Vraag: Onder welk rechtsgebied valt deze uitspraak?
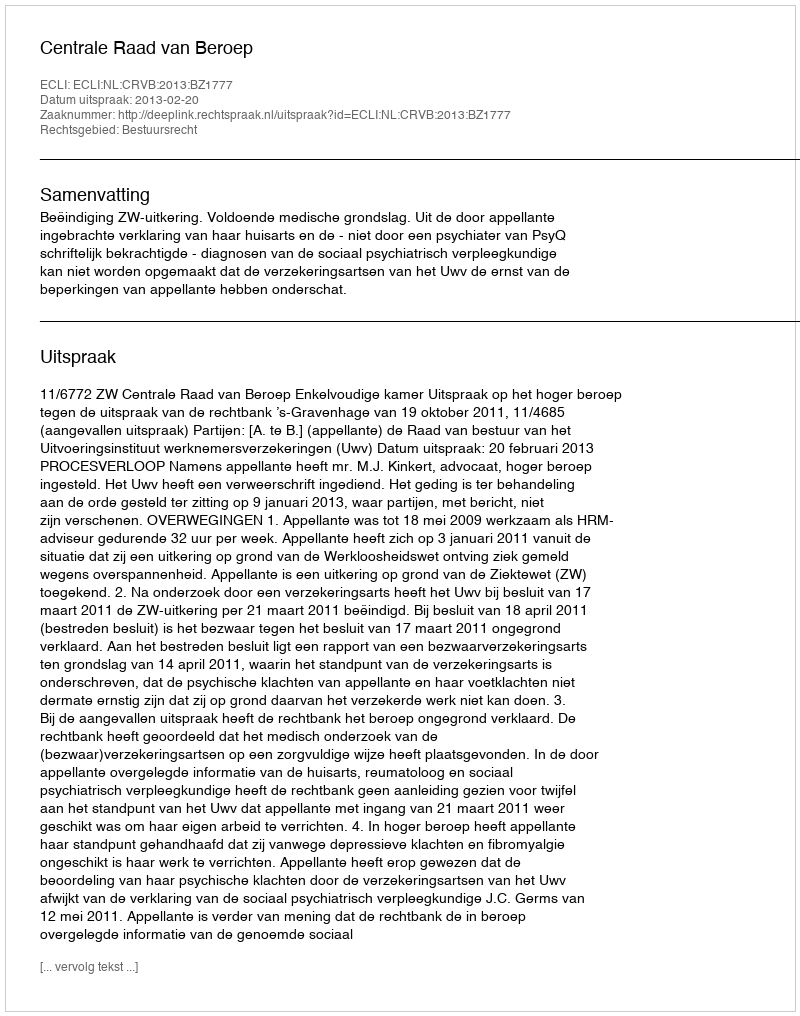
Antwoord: Bestuursrecht